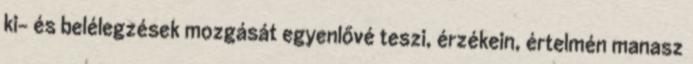
ki- és belélegzések mozgását egyenlővé teszi, érzékein, értelmén manasz